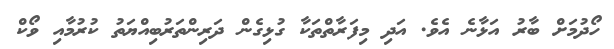
ހޯދުމަށް ބާރު އަޅާނެ އެވެ. އަދި މިފަރާތްތަކާ ގުޅިގެން ދަރިންތަރުބިއްޔަތު ކުރުމާއި ވޯކް